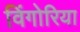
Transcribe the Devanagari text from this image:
विंगोरिया